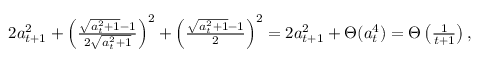
\begin{array} { r } { \textstyle 2 a _ { t + 1 } ^ { 2 } + \left( \frac { \sqrt { a _ { t } ^ { 2 } + 1 } - 1 } { 2 \sqrt { a _ { t } ^ { 2 } + 1 } } \right) ^ { 2 } + \left( \frac { \sqrt { a _ { t } ^ { 2 } + 1 } - 1 } { 2 } \right) ^ { 2 } = 2 a _ { t + 1 } ^ { 2 } + \Theta ( a _ { t } ^ { 4 } ) = \Theta \left( \frac { 1 } { { t + 1 } } \right) , } \end{array}